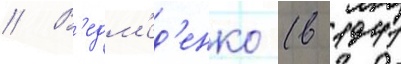
// В'едм'ед'енко (в 1941